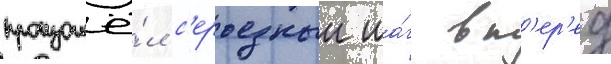
произошё́л с'ерьезныи ша́г вп'ер'ед